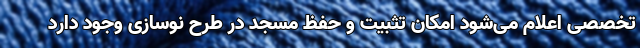
تخصصی اعلام می‌شود امکان تثبیت و حفظ مسجد در طرح نوسازی وجود دارد